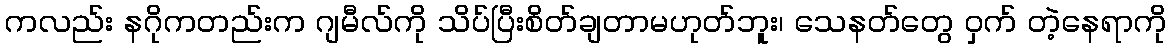
ကလည်း နဂိုကတည်းက ဂျမီလ်ကို သိပ်ပြီးစိတ်ချတာမဟုတ်ဘူး၊ သေနတ်တွေ ဝှက် တဲ့နေရာကို